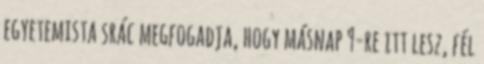
egyetemista srác megfogadja, hogy másnap 9-re itt lesz, fél